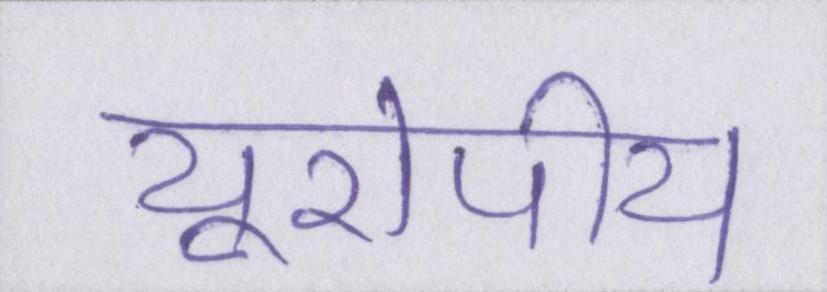
यूरोपीय